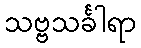
သဗ္ဗသင်္ခါရာ